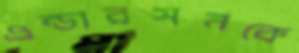
এন্ডারসনকে